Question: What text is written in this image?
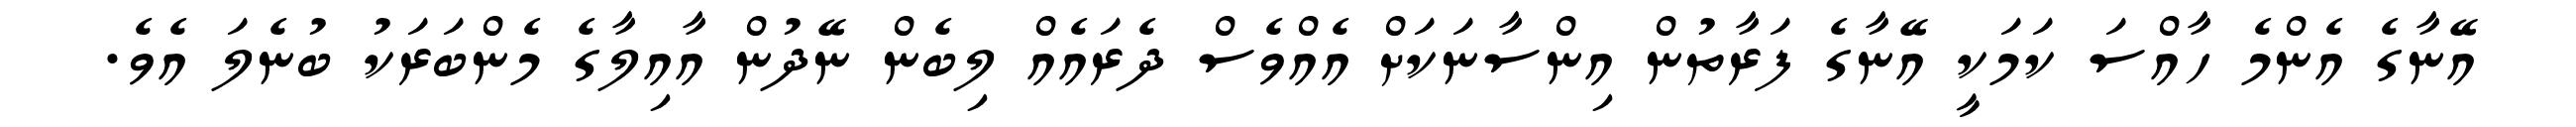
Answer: އޭނާގެ އެންމެ ހާއްސަ ކަމަކީ އޭނާގެ ފަރާތުން އިންސާނަކަށް އެއްވެސް ދެރައެއް ލިބެން ނޭދުން އާއިލާގެ މެންބަރަކު ބުނެލަ އެވެ.